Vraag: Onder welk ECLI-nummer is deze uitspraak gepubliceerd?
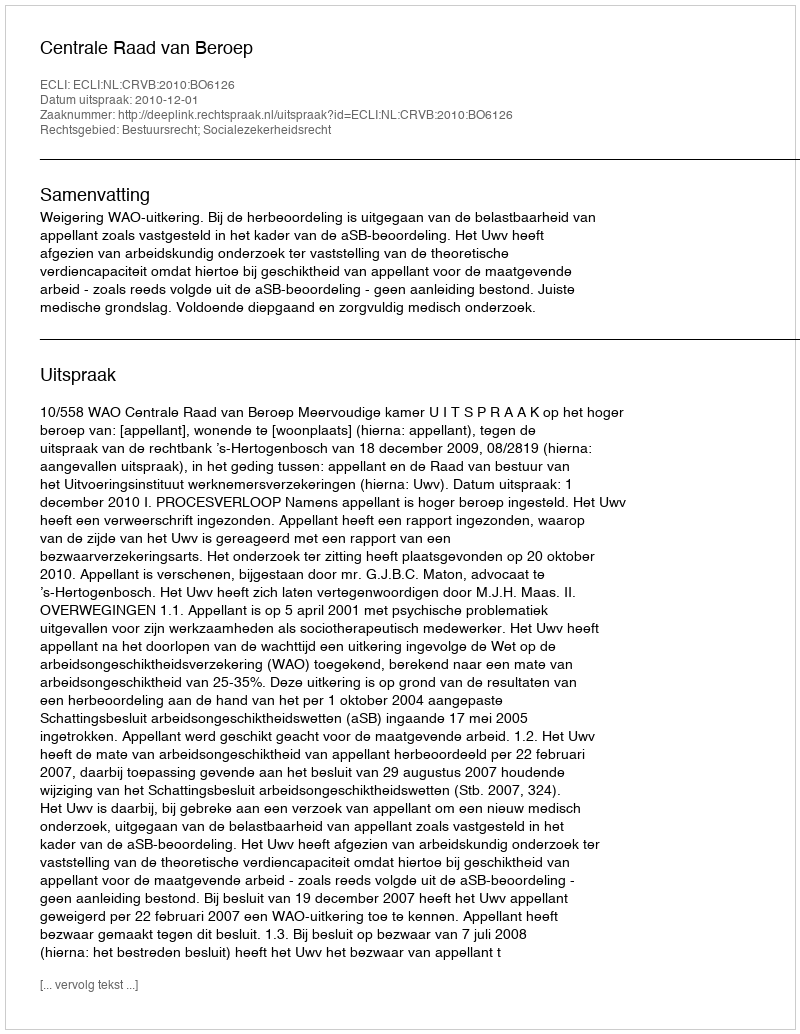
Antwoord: ECLI:NL:CRVB:2010:BO6126